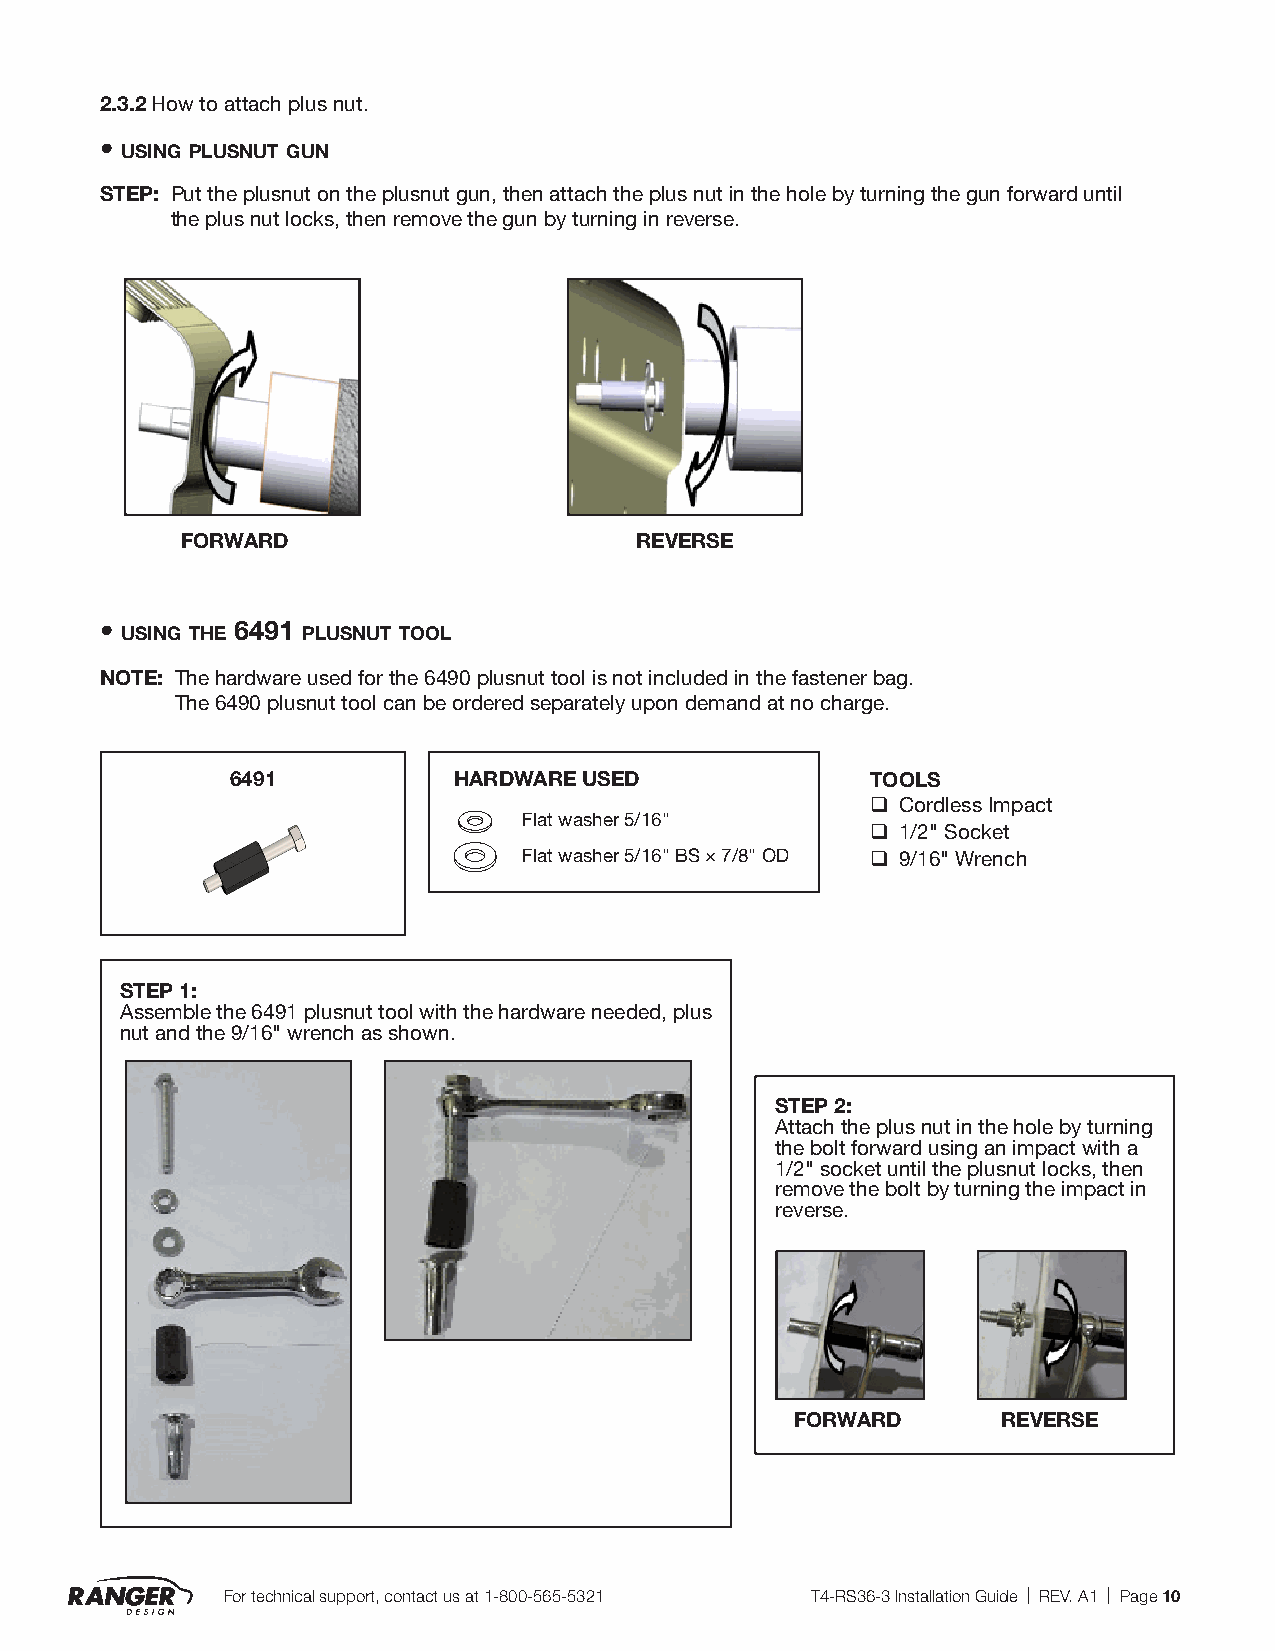
2.3.2 How to attach plus nut.
 •
 using plusnut gun
 STEP: Put the plusnut on the plusnut gun, then attach the plus nut in the hole by turning the gun forward until
 the plus nut locks, then remove the gun by turning in reverse.
 FORWARD                       REVERSE
 •        6491
 using the   plusnut tool
 NOTE: The hardware used for the 6490 plusnut tool is not included in the fastener bag.
 The 6490 plusnut tool can be ordered separately upon demand at no charge.
 6491           HARDWARE USED               TOOLS
 q Cordless Impact
 Flat washer 5/16"
 q 1/2" Socket
 Flat washer 5/16" BS × 7/8" OD q 9/16" Wrench
 STEP 1:
 Assemble the 6491 plusnut tool with the hardware needed, plus
 nut and the 9/16" wrench as shown.
 STEP 2:
 Attach the plus nut in the hole by turning
 the bolt forward using an impact with a
 1/2" socket until the plusnut locks, then
 remove the bolt by turning the impact in
 reverse.
 FORWARD      REVERSE
 For technical support, contact us at 1-800-565-5321 T4-RS36-3 Installation Guide | REV. A1 | Page 10